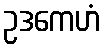
ဥဒကေဟံ